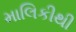
માલિકીથી